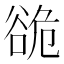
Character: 𮙍